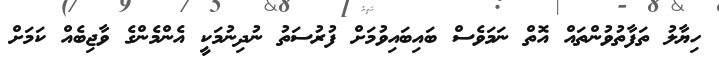
ހިޔާލު ތަފާތުވުންތައް އޮތް ނަމަވެސް ބައިބައިވުމަށް ފުރުސަތު ނުދިނުމަކީ އެންމެންގެ ވާޖިބެއް ކަމަށް